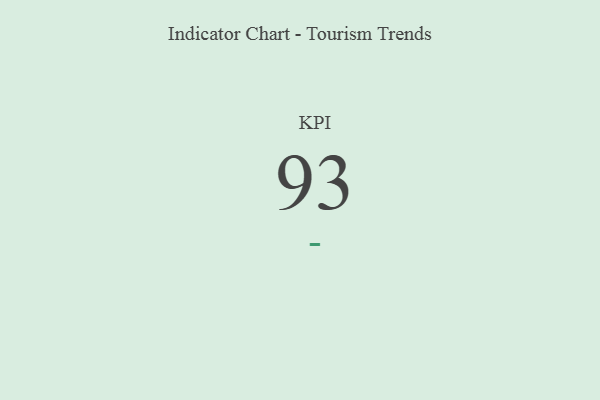
{"axis": {"x": "KPI", "y": "Value"}, "legend": [""], "data": [{"x": "KPI", "y": 93, "type": ""}]}